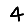
Digit: 4